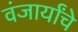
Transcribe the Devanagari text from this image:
वंजार्यांचे